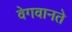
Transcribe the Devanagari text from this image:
वेगवानते